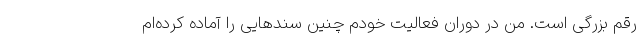
رقم بزرگی است. من در دوران فعالیت خودم چنین سندهایی را آماده کرده‌ام